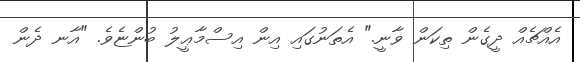
އެއްޗެއް ދީގެން ތިކަން ވާނީ." އެތަނުގައި އިން އިސްމާޢީލު ބުންޏެވެ. "އާނ ދެން